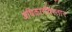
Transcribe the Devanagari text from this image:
अधिकारविस्तार